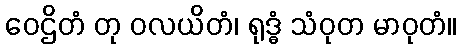
ဝေဌိတံ တု ဝလယိတံ၊ ရုဒ္ဓံ သံဝုတ မာဝုတံ။